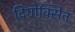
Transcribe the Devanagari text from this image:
दिगोक्सिन